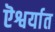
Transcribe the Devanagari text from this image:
ऎश्वर्यात